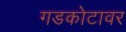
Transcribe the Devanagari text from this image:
गडकोटावर